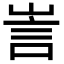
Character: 訔